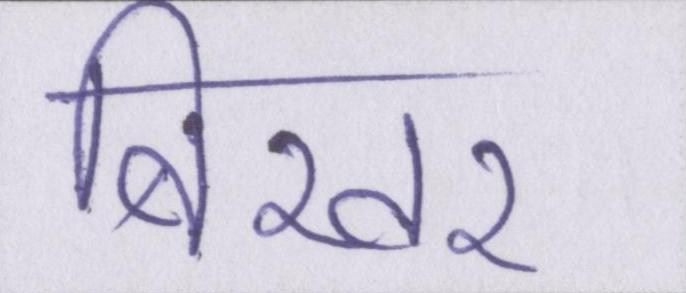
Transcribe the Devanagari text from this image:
बिखर